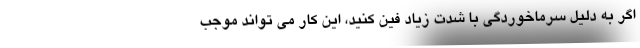
اگر به دلیل سرماخوردگی با شدت زیاد فین کنید، این کار می تواند موجب